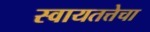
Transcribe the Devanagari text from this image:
स्वायतत्तेचा